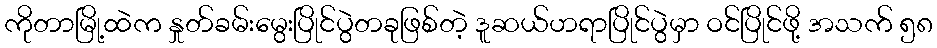
ကိုတာမြို့ထဲက နှုတ်ခမ်းမွေးပြိုင်ပွဲတခုဖြစ်တဲ့ ဒူဆယ်ဟရာပြိုင်ပွဲမှာ ဝင်ပြိုင်ဖို့ အသက် ၅၈